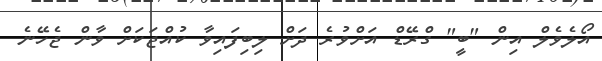
އޯލެވެލް އިން "ބީ" ގްރޭޑް އަށްވުރެ ދަށް ލިބިފައިވާ ކުއްޖަކަށް ވާން ޖެހޭނެ